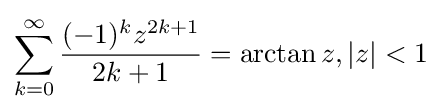
\sum _{k=0}^{\infty }{\frac {(-1)^{k}z^{2k+1}}{2k+1}}=\arctan z,|z|<1